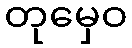
တုမှေဝ